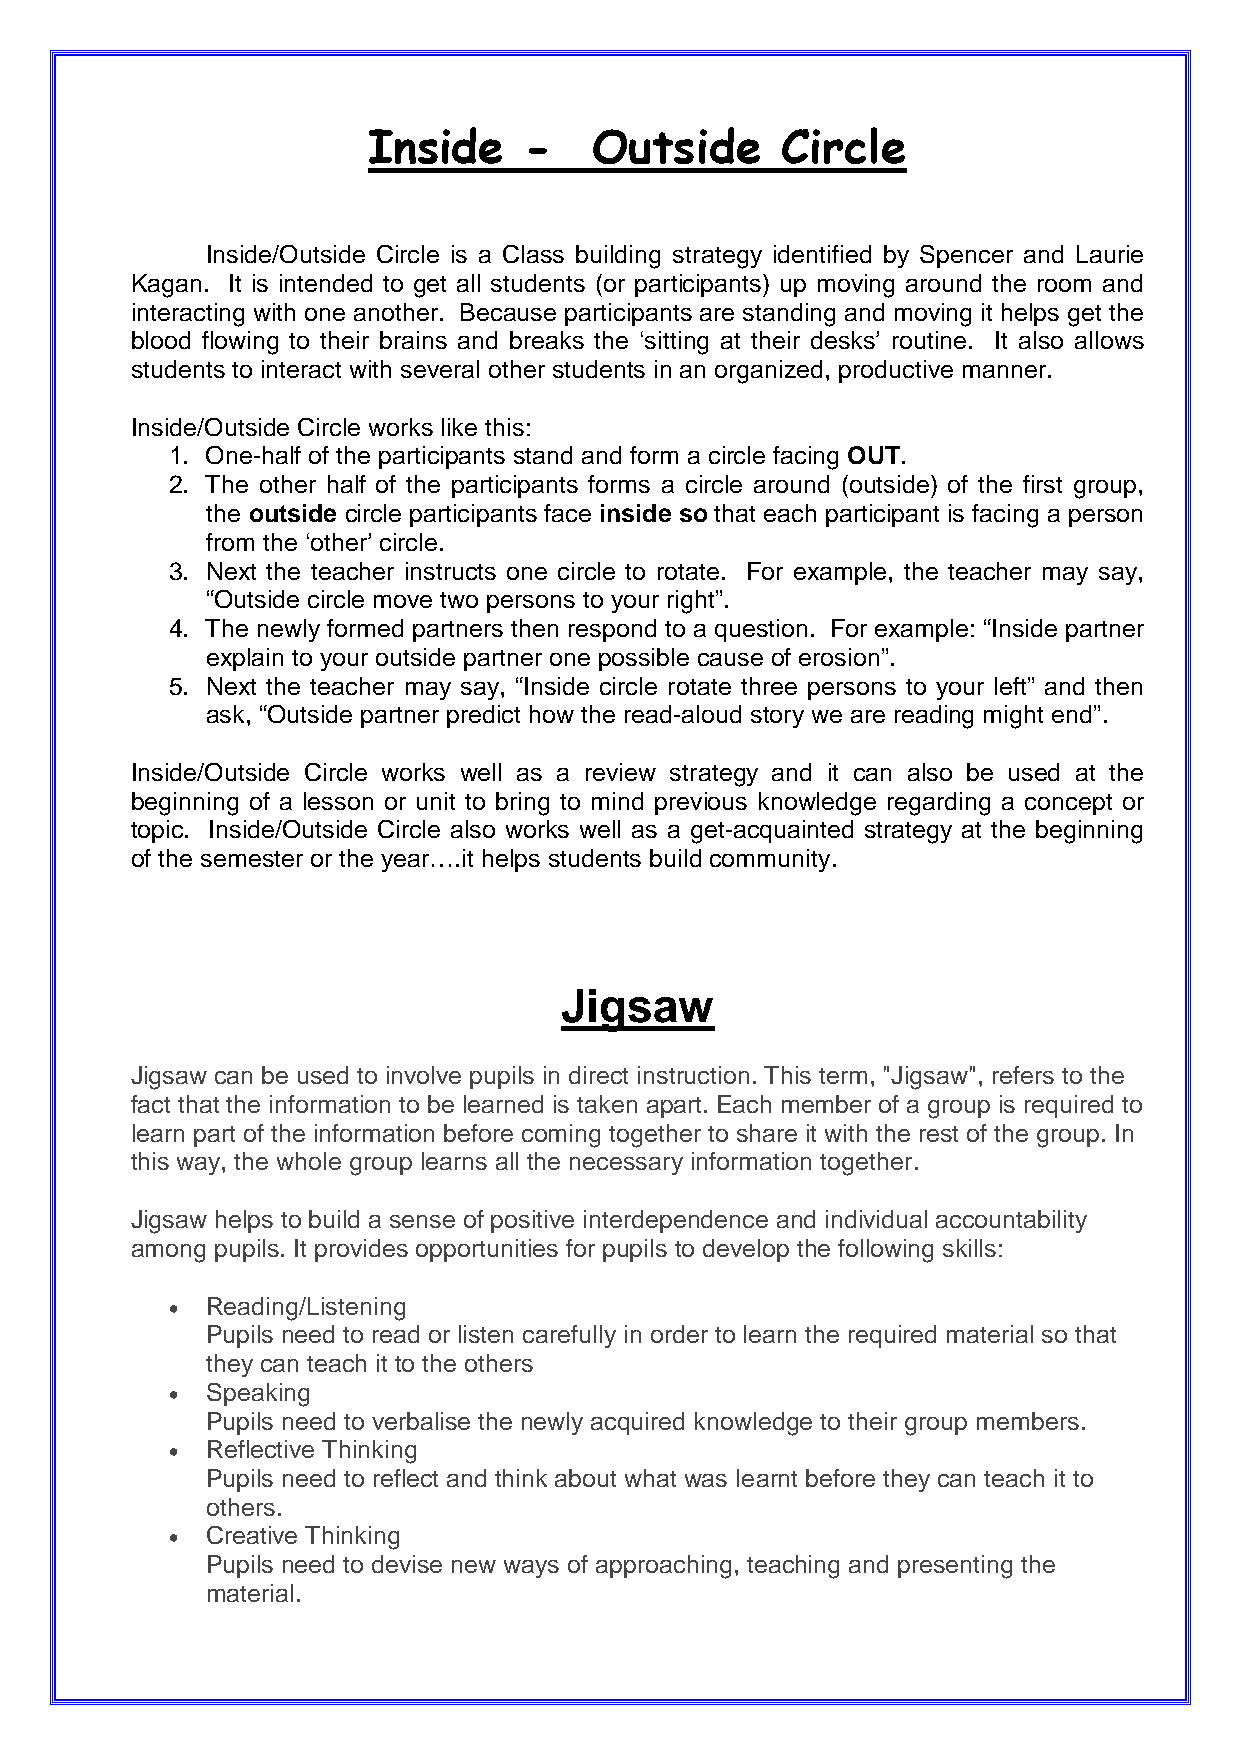
Inside     -   Outside      Circle
 Inside/Outside Circle is a Class building strategy identified by Spencer and Laurie
 Kagan. It is intended to get all students (or participants) up moving around the room and
 interacting with one another. Because participants are standing and moving it helps get the
 blood flowing to their brains and breaks the ‘sitting at their desks’ routine. It also allows
 students to interact with several other students in an organized, productive manner.
 Inside/Outside Circle works like this:
 1. One-half of the participants stand and form a circle facing OUT.
 2. The other half of the participants forms a circle around (outside) of the first group,
 the outside circle participants face inside so that each participant is facing a person
 from the ‘other’ circle.
 3. Next the teacher instructs one circle to rotate. For example, the teacher may say,
 “Outside circle move two persons to your right”.
 4. The newly formed partners then respond to a question. For example: “Inside partner
 explain to your outside partner one possible cause of erosion”.
 5. Next the teacher may say, “Inside circle rotate three persons to your left” and then
 ask, “Outside partner predict how the read-aloud story we are reading might end”.
 Inside/Outside Circle works well as a review strategy and it can also be used at the
 beginning of a lesson or unit to bring to mind previous knowledge regarding a concept or
 topic. Inside/Outside Circle also works well as a get-acquainted strategy at the beginning
 of the semester or the year….it helps students build community.
 Jigsaw
 Jigsaw can be used to involve pupils in direct instruction. This term, "Jigsaw", refers to the
 fact that the information to be learned is taken apart. Each member of a group is required to
 learn part of the information before coming together to share it with the rest of the group. In
 this way, the whole group learns all the necessary information together.
 Jigsaw helps to build a sense of positive interdependence and individual accountability
 among pupils. It provides opportunities for pupils to develop the following skills:
 •  Reading/Listening
 Pupils need to read or listen carefully in order to learn the required material so that
 they can teach it to the others
 •  Speaking
 Pupils need to verbalise the newly acquired knowledge to their group members.
 •  Reflective Thinking
 Pupils need to reflect and think about what was learnt before they can teach it to
 others.
 •  Creative Thinking
 Pupils need to devise new ways of approaching, teaching and presenting the
 material.